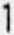
1